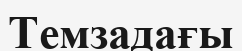
Темзадағы